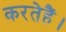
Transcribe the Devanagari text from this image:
करतेहैं।